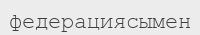
федерациясымен